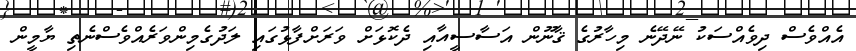
އެއްވެސް ދިވެއްސަކު ނޭދޭނެ މިހާރުގެ ޤާނޫން އަސާސީއާއި ދެކޮޅަށް ވަރަށްފާޅުގައި ލަދުގެމިންވަރެއްވެސްނެތި ޔާމީން